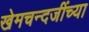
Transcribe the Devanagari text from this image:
खेमचन्दजींच्या